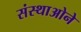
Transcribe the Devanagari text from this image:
संस्थाओने